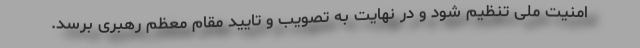
امنیت ملی تنظیم شود و در نهایت به تصویب و تایید مقام معظم رهبری برسد.